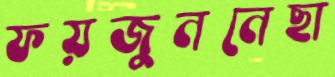
ফয়জুননেছা